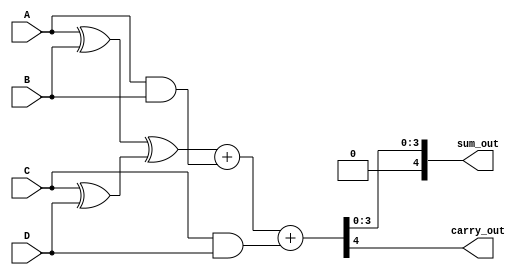
module carry_save_adder (
    input [3:0] A,
    input [3:0] B,
    input [3:0] C,
    input [3:0] D,
    output [4:0] sum_out, // 5 bits to accommodate carry
    output carry_out
);

    // Intermediate signals for sums and carries
    wire [3:0] sum1, sum2, sum3;
    wire [3:0] carry1, carry2, carry3;

    // Stage 1: Pairwise addition using half adders and full adders
    // A + B
    assign sum1 = A ^ B; // Sum of A and B
    assign carry1 = A & B; // Carry of A and B

    // C + D
    assign sum2 = C ^ D; // Sum of C and D
    assign carry2 = C & D; // Carry of C and D

    // Combine results from the first stage
    // sum1 + sum2
    wire [3:0] sum3_temp;
    wire [3:0] carry3_temp;

    assign sum3_temp = sum1 ^ sum2; // Sum of the first two sums
    assign carry3_temp = sum1 & sum2; // Carry of the first two sums

    // Final stage: Combine the sums and carries
    // sum3_temp + carry1 + carry2
    wire [4:0] final_sum;
    wire [4:0] final_carry;

    assign final_sum = {1'b0, sum3_temp} + {1'b0, carry1} + {1'b0, carry2}; // Extend to 5 bits
    assign carry_out = final_sum[4]; // Final carry out
    assign sum_out = final_sum[3:0]; // Final sum output

endmodule